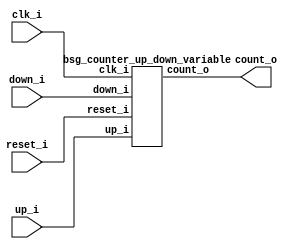
// This program was cloned from: https://github.com/chipsalliance/UHDM-integration-tests
// License: Apache License 2.0



module top
(
  clk_i,
  reset_i,
  up_i,
  down_i,
  count_o
);

  input [0:0] up_i;
  input [0:0] down_i;
  output [9:0] count_o;
  input clk_i;
  input reset_i;

  bsg_counter_up_down_variable
  wrapper
  (
    .up_i(up_i),
    .down_i(down_i),
    .count_o(count_o),
    .clk_i(clk_i),
    .reset_i(reset_i)
  );


endmodule



module bsg_counter_up_down_variable
(
  clk_i,
  reset_i,
  up_i,
  down_i,
  count_o
);

  input [0:0] up_i;
  input [0:0] down_i;
  output [9:0] count_o;
  input clk_i;
  input reset_i;
  wire [9:0] count_o;
  wire N0,N1,N2,N3,N4,N5,N6,N7,N8,N9,N10,N11,N12,N13,N14,N15,N16,N17,N18,N19,N20;
  reg count_o_9_sv2v_reg,count_o_8_sv2v_reg,count_o_7_sv2v_reg,count_o_6_sv2v_reg,
  count_o_5_sv2v_reg,count_o_4_sv2v_reg,count_o_3_sv2v_reg,count_o_2_sv2v_reg,
  count_o_1_sv2v_reg,count_o_0_sv2v_reg;
  assign count_o[9] = count_o_9_sv2v_reg;
  assign count_o[8] = count_o_8_sv2v_reg;
  assign count_o[7] = count_o_7_sv2v_reg;
  assign count_o[6] = count_o_6_sv2v_reg;
  assign count_o[5] = count_o_5_sv2v_reg;
  assign count_o[4] = count_o_4_sv2v_reg;
  assign count_o[3] = count_o_3_sv2v_reg;
  assign count_o[2] = count_o_2_sv2v_reg;
  assign count_o[1] = count_o_1_sv2v_reg;
  assign count_o[0] = count_o_0_sv2v_reg;
  assign { N10, N9, N8, N7, N6, N5, N4, N3, N2, N1 } = count_o - down_i[0];
  assign { N20, N19, N18, N17, N16, N15, N14, N13, N12, N11 } = { N10, N9, N8, N7, N6, N5, N4, N3, N2, N1 } + up_i[0];
  assign N0 = ~reset_i;

  always @(posedge clk_i) begin
    if(reset_i) begin
      count_o_9_sv2v_reg <= 1'b0;
      count_o_8_sv2v_reg <= 1'b0;
      count_o_7_sv2v_reg <= 1'b0;
      count_o_6_sv2v_reg <= 1'b0;
      count_o_5_sv2v_reg <= 1'b0;
      count_o_4_sv2v_reg <= 1'b0;
      count_o_3_sv2v_reg <= 1'b0;
      count_o_2_sv2v_reg <= 1'b0;
      count_o_1_sv2v_reg <= 1'b0;
      count_o_0_sv2v_reg <= 1'b0;
    end else if(1'b1) begin
      count_o_9_sv2v_reg <= N20;
      count_o_8_sv2v_reg <= N19;
      count_o_7_sv2v_reg <= N18;
      count_o_6_sv2v_reg <= N17;
      count_o_5_sv2v_reg <= N16;
      count_o_4_sv2v_reg <= N15;
      count_o_3_sv2v_reg <= N14;
      count_o_2_sv2v_reg <= N13;
      count_o_1_sv2v_reg <= N12;
      count_o_0_sv2v_reg <= N11;
    end 
  end


endmodule